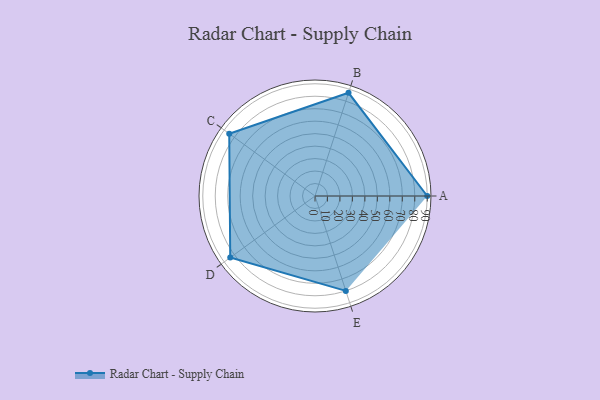
{"axis": {"x": "Skill", "y": "Score"}, "legend": ["Profile"], "data": [{"x": "A", "y": 90.0, "type": "Profile"}, {"x": "B", "y": 87.0, "type": "Profile"}, {"x": "C", "y": 85.0, "type": "Profile"}, {"x": "D", "y": 84.0, "type": "Profile"}, {"x": "E", "y": 80.0, "type": "Profile"}]}